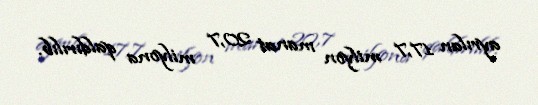
ayrılan 17,7 milyon manat 20,7 milyona qaldırılıb.